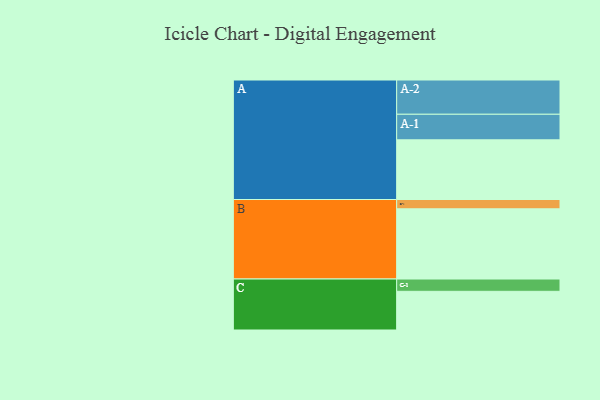
{"axis": {"x": "Segment", "y": "Value"}, "legend": ["", "A", "B", "C"], "data": [{"x": "A", "y": 500, "type": ""}, {"x": "B", "y": 588, "type": ""}, {"x": "C", "y": 324, "type": ""}, {"x": "A-1", "y": 214, "type": "A"}, {"x": "A-2", "y": 287, "type": "A"}, {"x": "B-1", "y": 78, "type": "B"}, {"x": "C-1", "y": 103, "type": "C"}]}